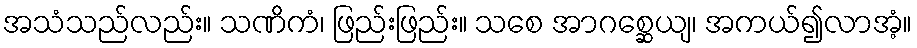
အသံသည်လည်း။ သဏိကံ၊ ဖြည်းဖြည်း။ သစေ အာဂစ္ဆေယျ၊ အကယ်၍လာအံ့။